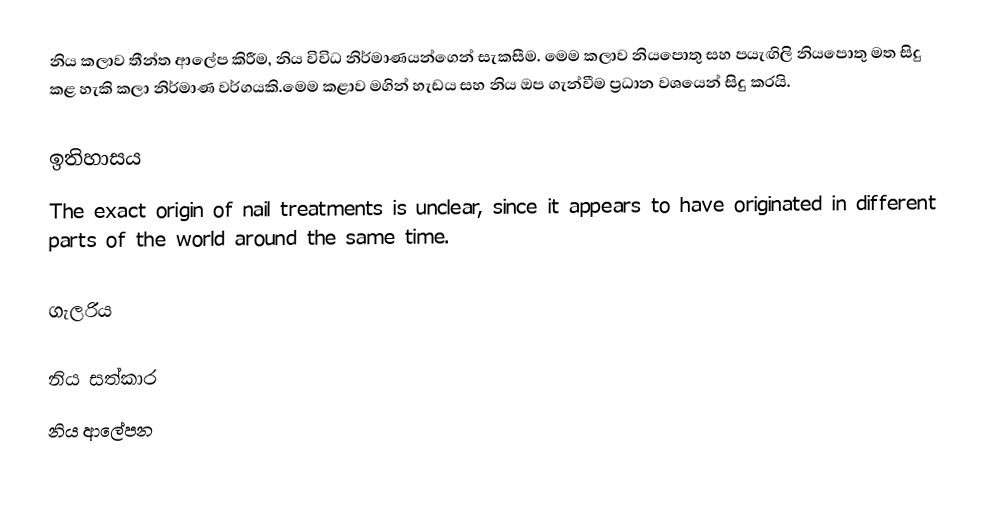
නිය කලාව තීන්ත ආලේප කිරීම, නිය විවිධ නිර්මාණයන්ගෙන් සැකසීම. මෙම කලාව නියපොතු සහ පයැඟිලි නියපොතු මත සිදු කළ හැකි කලා නිර්මාණ වර්ගයකි.මෙම කළාව මගින් හැඩය සහ නිය ඔප ගැන්වීම ප්‍රධාන වශයෙන් සිදු කරයි.

ඉතිහාසය
The exact origin of nail treatments is unclear, since it appears to have originated in different parts of the world around the same time.

ගැලරිය

නිය සත්කාර
නිය ආලේපන